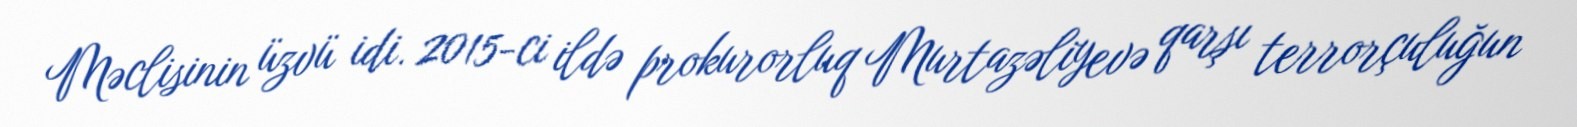
Məclisinin üzvü idi. 2015-ci ildə prokurorluq Murtazəliyevə qarşı terrorçuluğun